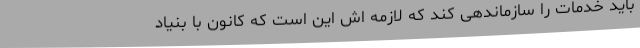
باید خدمات را سازماندهی کند که لازمه اش این است که کانون با بنیاد